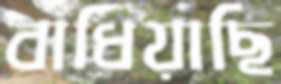
বাধিয়াছি